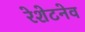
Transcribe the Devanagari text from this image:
रेशेटनेव